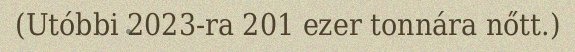
(Utóbbi 2023-ra 201 ezer tonnára nőtt.)